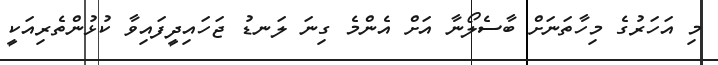
މި އަަހަރުގެ މިހާތަނަށް ބާސެލޯނާ އަށް އެންމެ ގިނަ ލަނޑު ޖަހައިދީފައިވާ ކުޅުންތެރިއަކީ